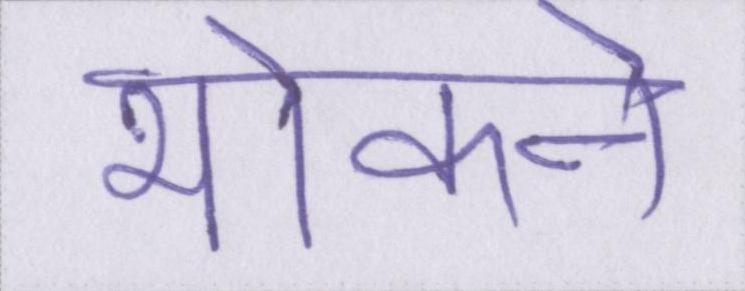
भोकने